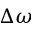
\Delta \omega